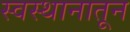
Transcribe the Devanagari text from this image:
स्वस्थानातून